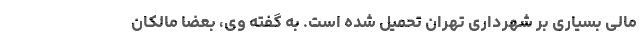
مالی بسیاری بر شهرداری تهران تحمیل شده است. به گفته وی، بعضا مالکان